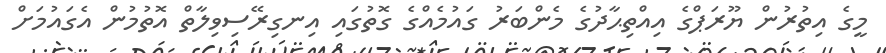
މީގެ އިތުރުން ޔޫރަޕްގެ އިއްތިޙާދުގެ މެންބަރު ގައުމެއްގެ ގޮތުގައި އިނގިރޭސިވިލާތް އޮތުމުން އެގައުމަށް